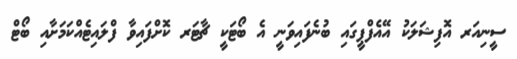
ސީނިއަރ އޮފިޝަލަކު އޭއެފްޕީގައި ބުނެފައިވަނީ އެ ބޯޓަކީ ޗާޓަރ ކޮށްފައިވާ ފްލައިޓެއްކަމަށާއި ބޯޓް